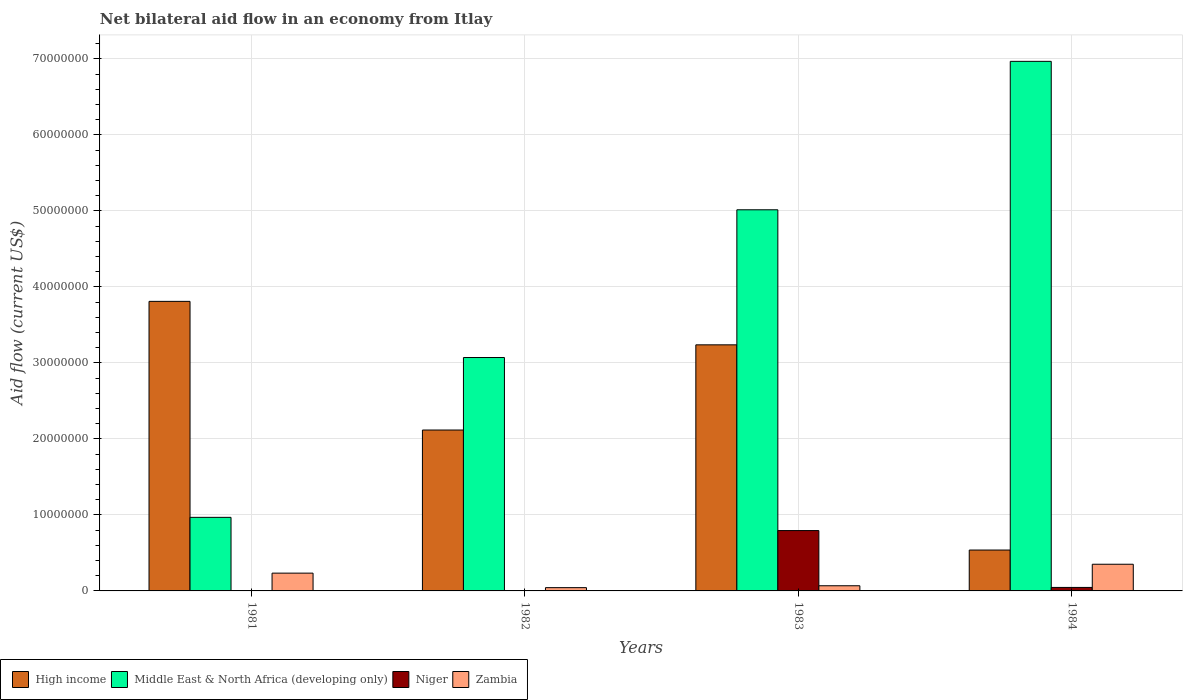
| Years | High income | Middle East & North Africa (developing only) | Niger | Zambia |
 | --- | --- | --- | --- | --- |
 | 1981 | 3.81e+07 | 9.68e+06 | 4e+04 | 2.34e+06 |
 | 1982 | 2.12e+07 | 3.07e+07 | 2e+04 | 4.3e+05 |
 | 1983 | 3.24e+07 | 5.02e+07 | 7.94e+06 | 6.8e+05 |
 | 1984 | 5.38e+06 | 6.97e+07 | 4.6e+05 | 3.51e+06 |